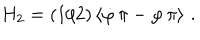
LaTeX: H _ { 2 } = ( 1 / 2 ) \left\langle \dot { \varphi } \, \pi - \varphi \, \dot { \pi } \right\rangle \, .